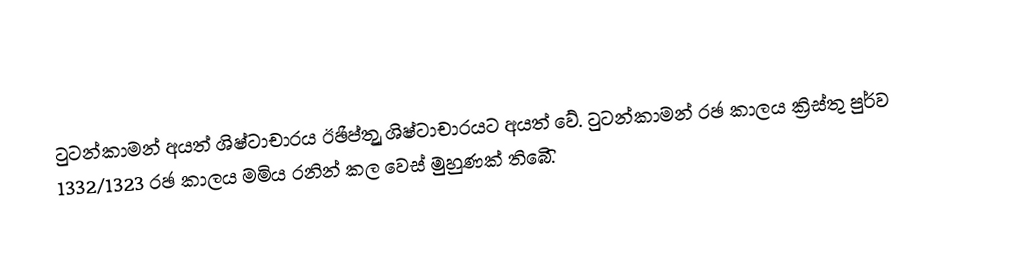
ටුටන්කාමන් අයත් ශිෂ්ටාචාරය ඊඡිප්තුු ශිෂ්ටාචාරයට අයත් වේ. ටුටන්කාමන් රඡ කාලය ක්‍රිස්තු පුර්ව 1332/1323 රඡ කාලය මමිය රනින් කල වෙස් මුහුණක් තිබෙිි.